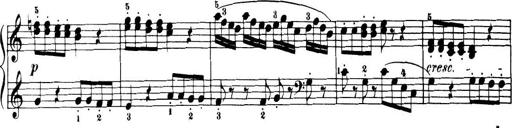
Title: 32 Sonatinas and Rondos for the Piano
Composer: Richard Kleinmichel